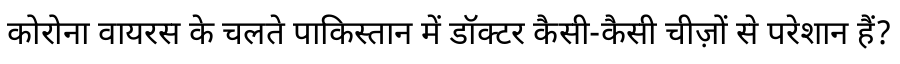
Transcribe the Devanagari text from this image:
कोरोना वायरस के चलते पाकिस्तान में डॉक्टर कैसी-कैसी चीज़ों से परेशान हैं?